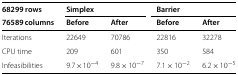
<table><thead><tr><td><b>68299 rows</b></td><td colspan="2"><b>Simplex</b></td><td colspan="2"><b>Barrier</b></td></tr><tr><td><b>76589 columns</b></td><td><b>Before</b></td><td><b>After</b></td><td><b>Before</b></td><td><b>After</b></td></tr></thead><tbody><tr><td>Iterations</td><td>22649</td><td>70786</td><td>22816</td><td>32278</td></tr><tr><td>CPU time</td><td>209</td><td>601</td><td>350</td><td>584</td></tr><tr><td>Infeasibilities</td><td>9.7×10<sup>−4</sup></td><td>9.8×10<sup>−7</sup></td><td>7.1×10<sup>−2</sup></td><td>6.2×10<sup>−5</sup></td></tr></tbody></table>